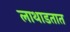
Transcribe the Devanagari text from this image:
लाथाडतात